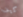
كيف